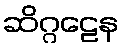
ဆိဂ္ဂဠေန